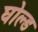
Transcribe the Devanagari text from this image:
घोल्ड